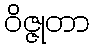
ဝိဇ္ဇုတာ